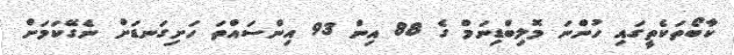
ކާބޯތަކެތީގައި ހުންނަ މޮލިބްޑިނަމް ގެ 88 އިން 93 އިންސައްތަ ހަށިގަނޑަށް ނެގޭކަމަށް